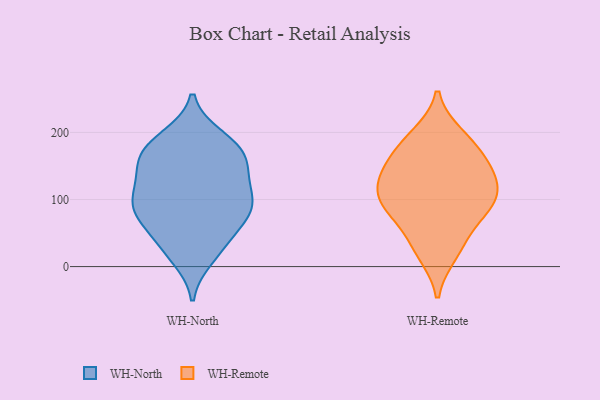
{"axis": {"x": "Production Output", "y": "Value"}, "legend": ["WH-North", "WH-Remote"], "data": [{"x": "", "y": 171, "type": "WH-North"}, {"x": "", "y": 30, "type": "WH-North"}, {"x": "", "y": 68, "type": "WH-North"}, {"x": "", "y": 31, "type": "WH-North"}, {"x": "", "y": 94, "type": "WH-North"}, {"x": "", "y": 96, "type": "WH-North"}, {"x": "", "y": 14, "type": "WH-North"}, {"x": "", "y": 180, "type": "WH-North"}, {"x": "", "y": 166, "type": "WH-North"}, {"x": "", "y": 144, "type": "WH-North"}, {"x": "", "y": 72, "type": "WH-North"}, {"x": "", "y": 138, "type": "WH-North"}, {"x": "", "y": 192, "type": "WH-North"}, {"x": "", "y": 181, "type": "WH-North"}, {"x": "", "y": 102, "type": "WH-North"}, {"x": "", "y": 88, "type": "WH-North"}, {"x": "", "y": 114, "type": "WH-North"}, {"x": "", "y": 146, "type": "WH-North"}, {"x": "", "y": 75, "type": "WH-North"}, {"x": "", "y": 83, "type": "WH-Remote"}, {"x": "", "y": 195, "type": "WH-Remote"}, {"x": "", "y": 182, "type": "WH-Remote"}, {"x": "", "y": 96, "type": "WH-Remote"}, {"x": "", "y": 86, "type": "WH-Remote"}, {"x": "", "y": 163, "type": "WH-Remote"}, {"x": "", "y": 38, "type": "WH-Remote"}, {"x": "", "y": 20, "type": "WH-Remote"}, {"x": "", "y": 104, "type": "WH-Remote"}, {"x": "", "y": 129, "type": "WH-Remote"}, {"x": "", "y": 129, "type": "WH-Remote"}, {"x": "", "y": 144, "type": "WH-Remote"}]}